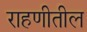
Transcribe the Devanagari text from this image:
राहणीतील